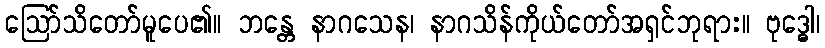
ဩော်သိတော်မူပေ၏။ ဘန္တေ နာဂသေန၊ နာဂသိန်ကိုယ်တော်အရှင်ဘုရား။ ဗုဒ္ဓေါ၊